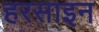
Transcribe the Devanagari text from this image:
हरसाइन